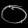
Digit: ၀